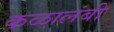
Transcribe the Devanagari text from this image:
कळालंबी